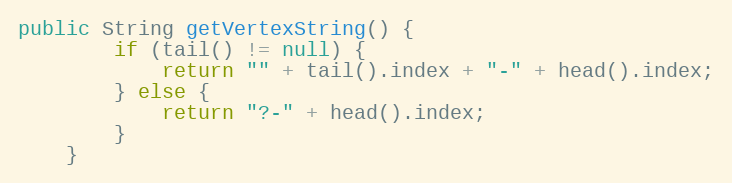
Language: Java
public String getVertexString() {
        if (tail() != null) {
            return "" + tail().index + "-" + head().index;
        } else {
            return "?-" + head().index;
        }
    }